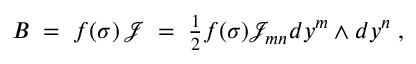
B \; = \; f ( \sigma ) \, \mathcal { J } \; = \; \textstyle { \frac { 1 } { 2 } } f ( \sigma ) \mathcal { J } _ { m n } d y ^ { m } \wedge d y ^ { n } \; ,